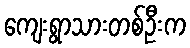
ကျေးရွာသားတစ်ဦးက